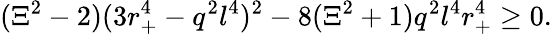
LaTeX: (\Xi^{2}-2)(3r_{+}^{4}-q^{2}l^{4})^{2}-8(\Xi^{2}+1)q^{2}l^{4}r_{+}^{4}\geq 0.